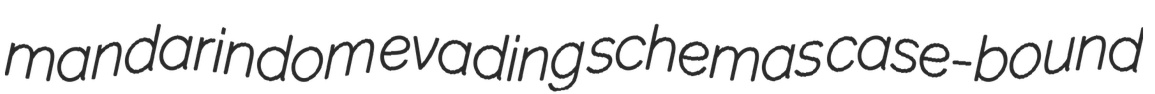
mandarindom evading schemas case-bound